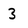
Character: 3